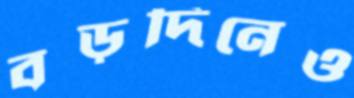
বড়দিনেও